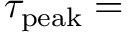
\tau _ { \mathrm { p e a k } } =